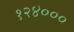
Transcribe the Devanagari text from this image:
१२४०००